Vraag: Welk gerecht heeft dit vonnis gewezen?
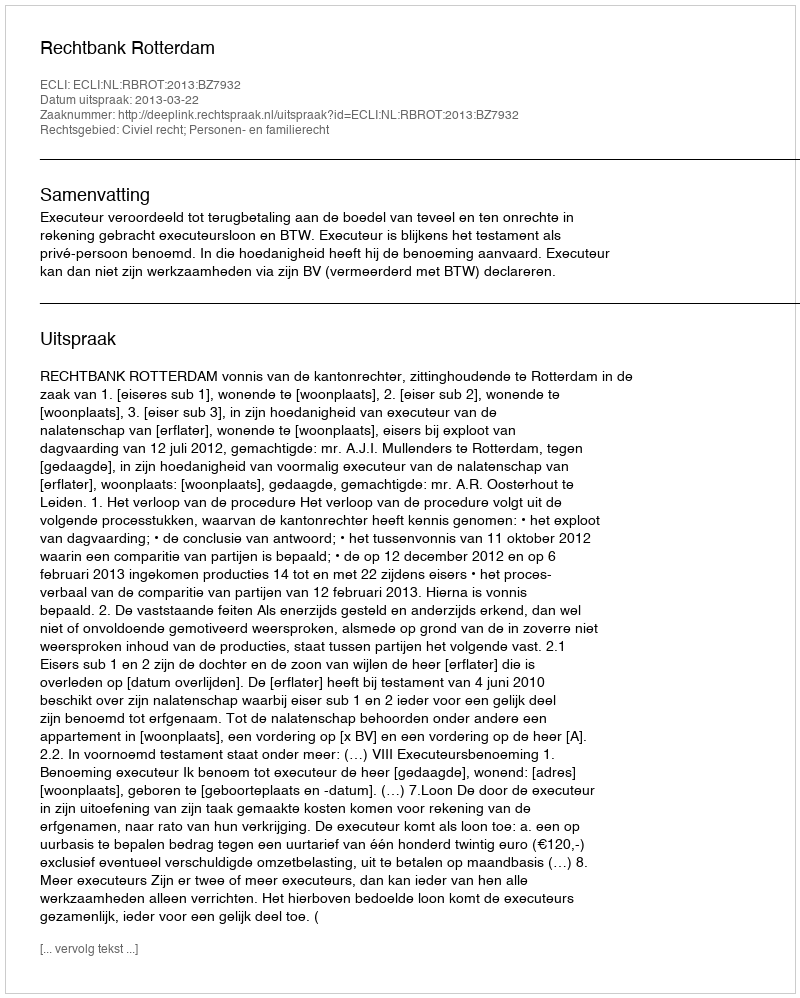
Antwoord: Rechtbank Rotterdam